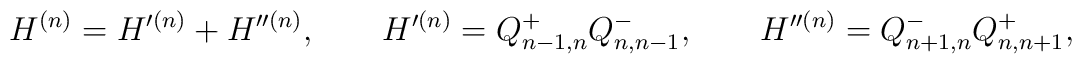
H^{(n)} = H'^{(n)} + H''^{(n)}, \qquad H'^{(n)} = Q^+_{n-1,n} Q^-_{n,n-1},\qquad   H''^{(n)} = Q^-_{n+1,n} Q^+_{n,n+1},